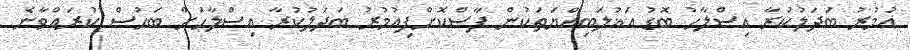
އުމުރު ބަދަލުކުރާ އިސްލާހު ބޮޑު އަޣުލަބިއްޔަތަކުން ފާސްކޮށްފިއުމުރު ބަދަލުކުރާ އިސްލާހަށް ބަހުސް ކުރައްވާނެ